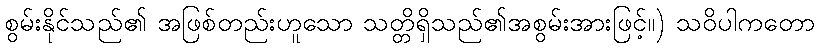
စွမ်းနိုင်သည်၏ အဖြစ်တည်းဟူသော သတ္တိရှိသည်၏အစွမ်းအားဖြင့်။) သဝိပါကတော